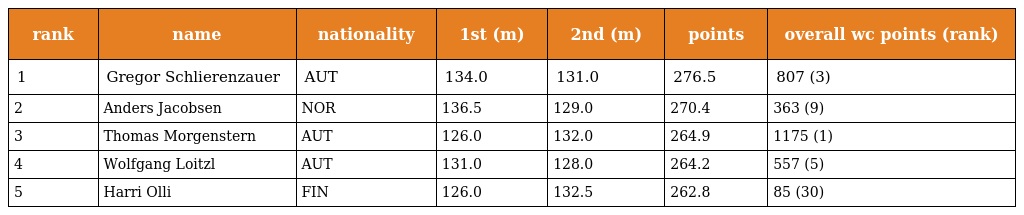
| rank | name | nationality | 1st (m) | 2nd (m) | points | overall wc points (rank) |
 | --- | --- | --- | --- | --- | --- | --- |
 | 1 | Gregor Schlierenzauer | AUT | 134.0 | 131.0 | 276.5 | 807 (3) |
 | 2 | Anders Jacobsen | NOR | 136.5 | 129.0 | 270.4 | 363 (9) |
 | 3 | Thomas Morgenstern | AUT | 126.0 | 132.0 | 264.9 | 1175 (1) |
 | 4 | Wolfgang Loitzl | AUT | 131.0 | 128.0 | 264.2 | 557 (5) |
 | 5 | Harri Olli | FIN | 126.0 | 132.5 | 262.8 | 85 (30) |